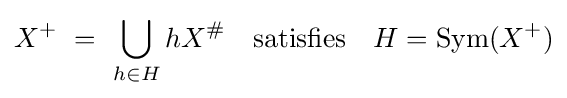
X^{+}\ =\ \bigcup _{h\in H}hX^{\#}\quad {\text{satisfies}}\quad H=\mathrm {Sym} (X^{+})